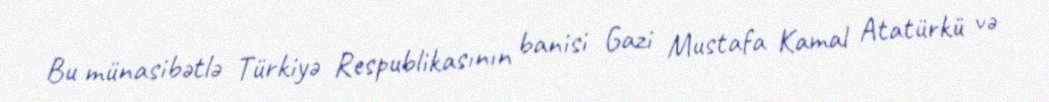
Bu münasibətlə Türkiyə Respublikasının banisi Gazi Mustafa Kamal Atatürkü və